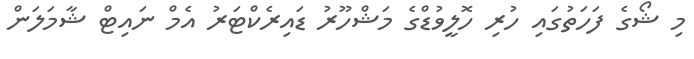
މި ޝޯގެ ފަހަތުގައި ހުރި ހޮލީވުޑްގެ މަޝްހޫރު ޑައިރެކްޓަރު އެމް ނައިޓް ޝާމަލަން